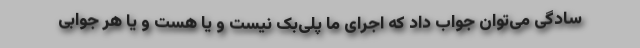
سادگی می‌توان جواب داد که اجرای ما پلی‌بک نیست و یا هست و یا هر جوابی